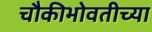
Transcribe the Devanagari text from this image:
चौकीभोवतीच्या